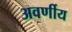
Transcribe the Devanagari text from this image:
अवर्णीय